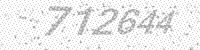
Solution: 712644